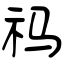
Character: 祃